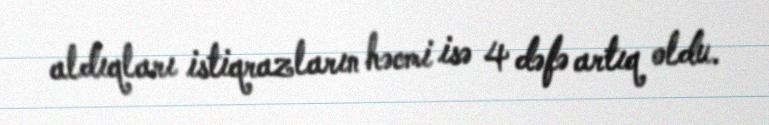
aldıqları istiqrazların həcmi isə 4 dəfə artıq oldu.